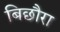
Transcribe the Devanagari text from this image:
बिछौरा